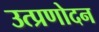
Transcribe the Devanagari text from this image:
उत्प्रणोदन